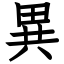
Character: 異